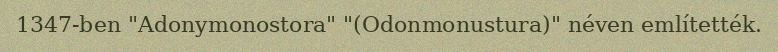
1347-ben "Adonymonostora" "(Odonmonustura)" néven említették.